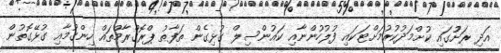
އަދި ރަށުުގައި ކުށްމަދުކުރުމަށްޓަކައި ފުލުހުންނާއި ކައުންސިލް ގުޅިގެން ތަފާތު ޕްރޮގްރާމްތައް ހިންގުމާއި ގުޅޭގޮތުން